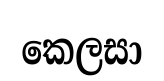
කෙලසා